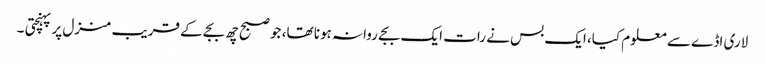
لاری اڈے سے معلوم کیا، ایک بس نے رات ایک بجے روانہ ہونا تھا، جو صبح چھ بجے کے قریب منزل پر پہنچتی ۔